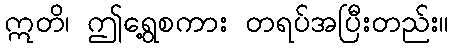
ဣတိ၊ ဤရွေ့စကား တရပ်အပြီးတည်း။